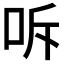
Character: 𭇓